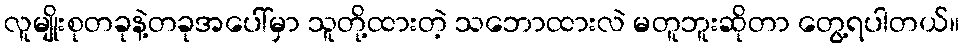
လူမျိုးစုတခုနဲ့တခုအပေါ်မှာ သူတို့ထားတဲ့ သဘောထားလဲ မတူဘူးဆိုတာ တွေ့ရပါတယ်။